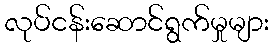
လုပ်ငန်းဆောင်ရွက်မှုများ